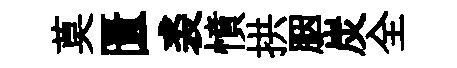
莫匱裘憤拱胭炭全